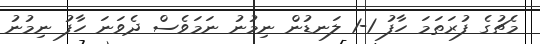
މެޗުގެ ފުރަތަމަ ހާފު 1-1 ލަނޑުން ނިމުނު ނަމަވެސް ދެވަނަ ހާފު ނިމުނު